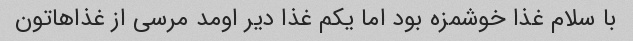
با سلام غذا خوشمزه بود اما یکم غذا دیر اومد مرسی از غذاهاتون